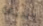
البديهة